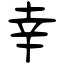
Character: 幸